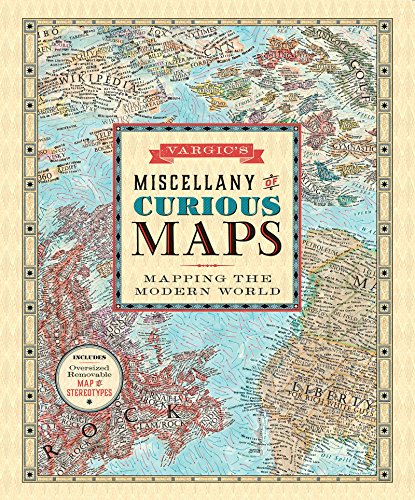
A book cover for Vargic's Miscellany of Curious Maps: Mapping the Modern World; Martin Vargic; Humor & Entertainment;